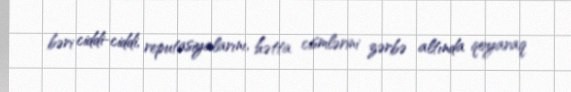
bəri ciddi-ciddi, reputasiyalarını, hətta cismlərini zərbə altında qoyaraq